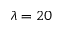
\lambda = 2 0